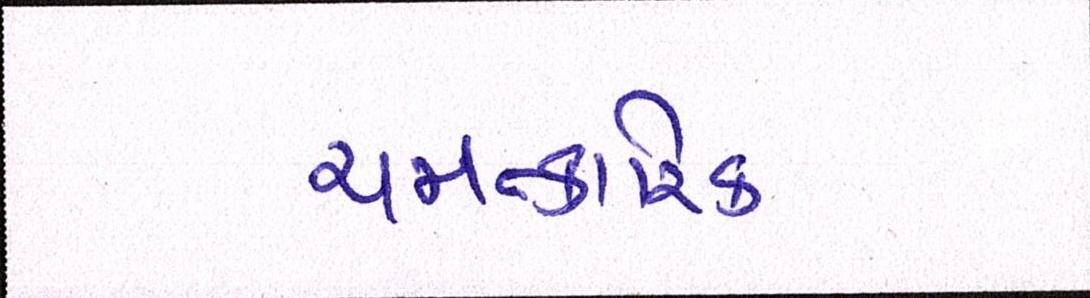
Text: ચમત્કારિક